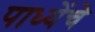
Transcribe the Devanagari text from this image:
पाध्येंचे